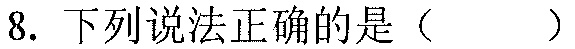
8. 下列说法正确的是（  ）